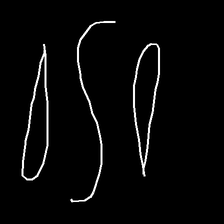
Glyph: water